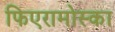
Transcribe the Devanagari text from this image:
फिएरामोस्का